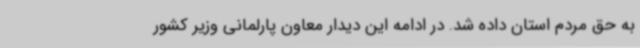
به حق مردم استان داده شد. در ادامه این دیدار معاون پارلمانی وزیر کشور